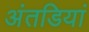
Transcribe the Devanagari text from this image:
अंतडियां